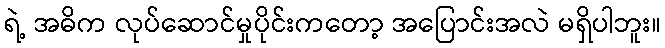
ရဲ့ အဓိက လုပ်ဆောင်မှုပိုင်းကတော့ အပြောင်းအလဲ မရှိပါဘူး။